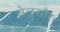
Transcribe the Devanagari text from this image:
सेलसौर